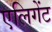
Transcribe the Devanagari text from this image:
एलिगेंट